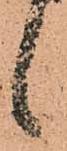
候